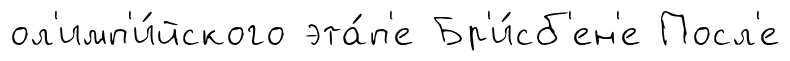
ол'имп'и́йского эта́п'е Бр'и́сб'ен'е Посл'е